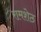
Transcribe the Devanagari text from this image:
रामशेठ